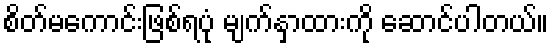
စိတ်မကောင်းဖြစ်ရပုံ မျက်နှာထားကို ဆောင်ပါတယ်။